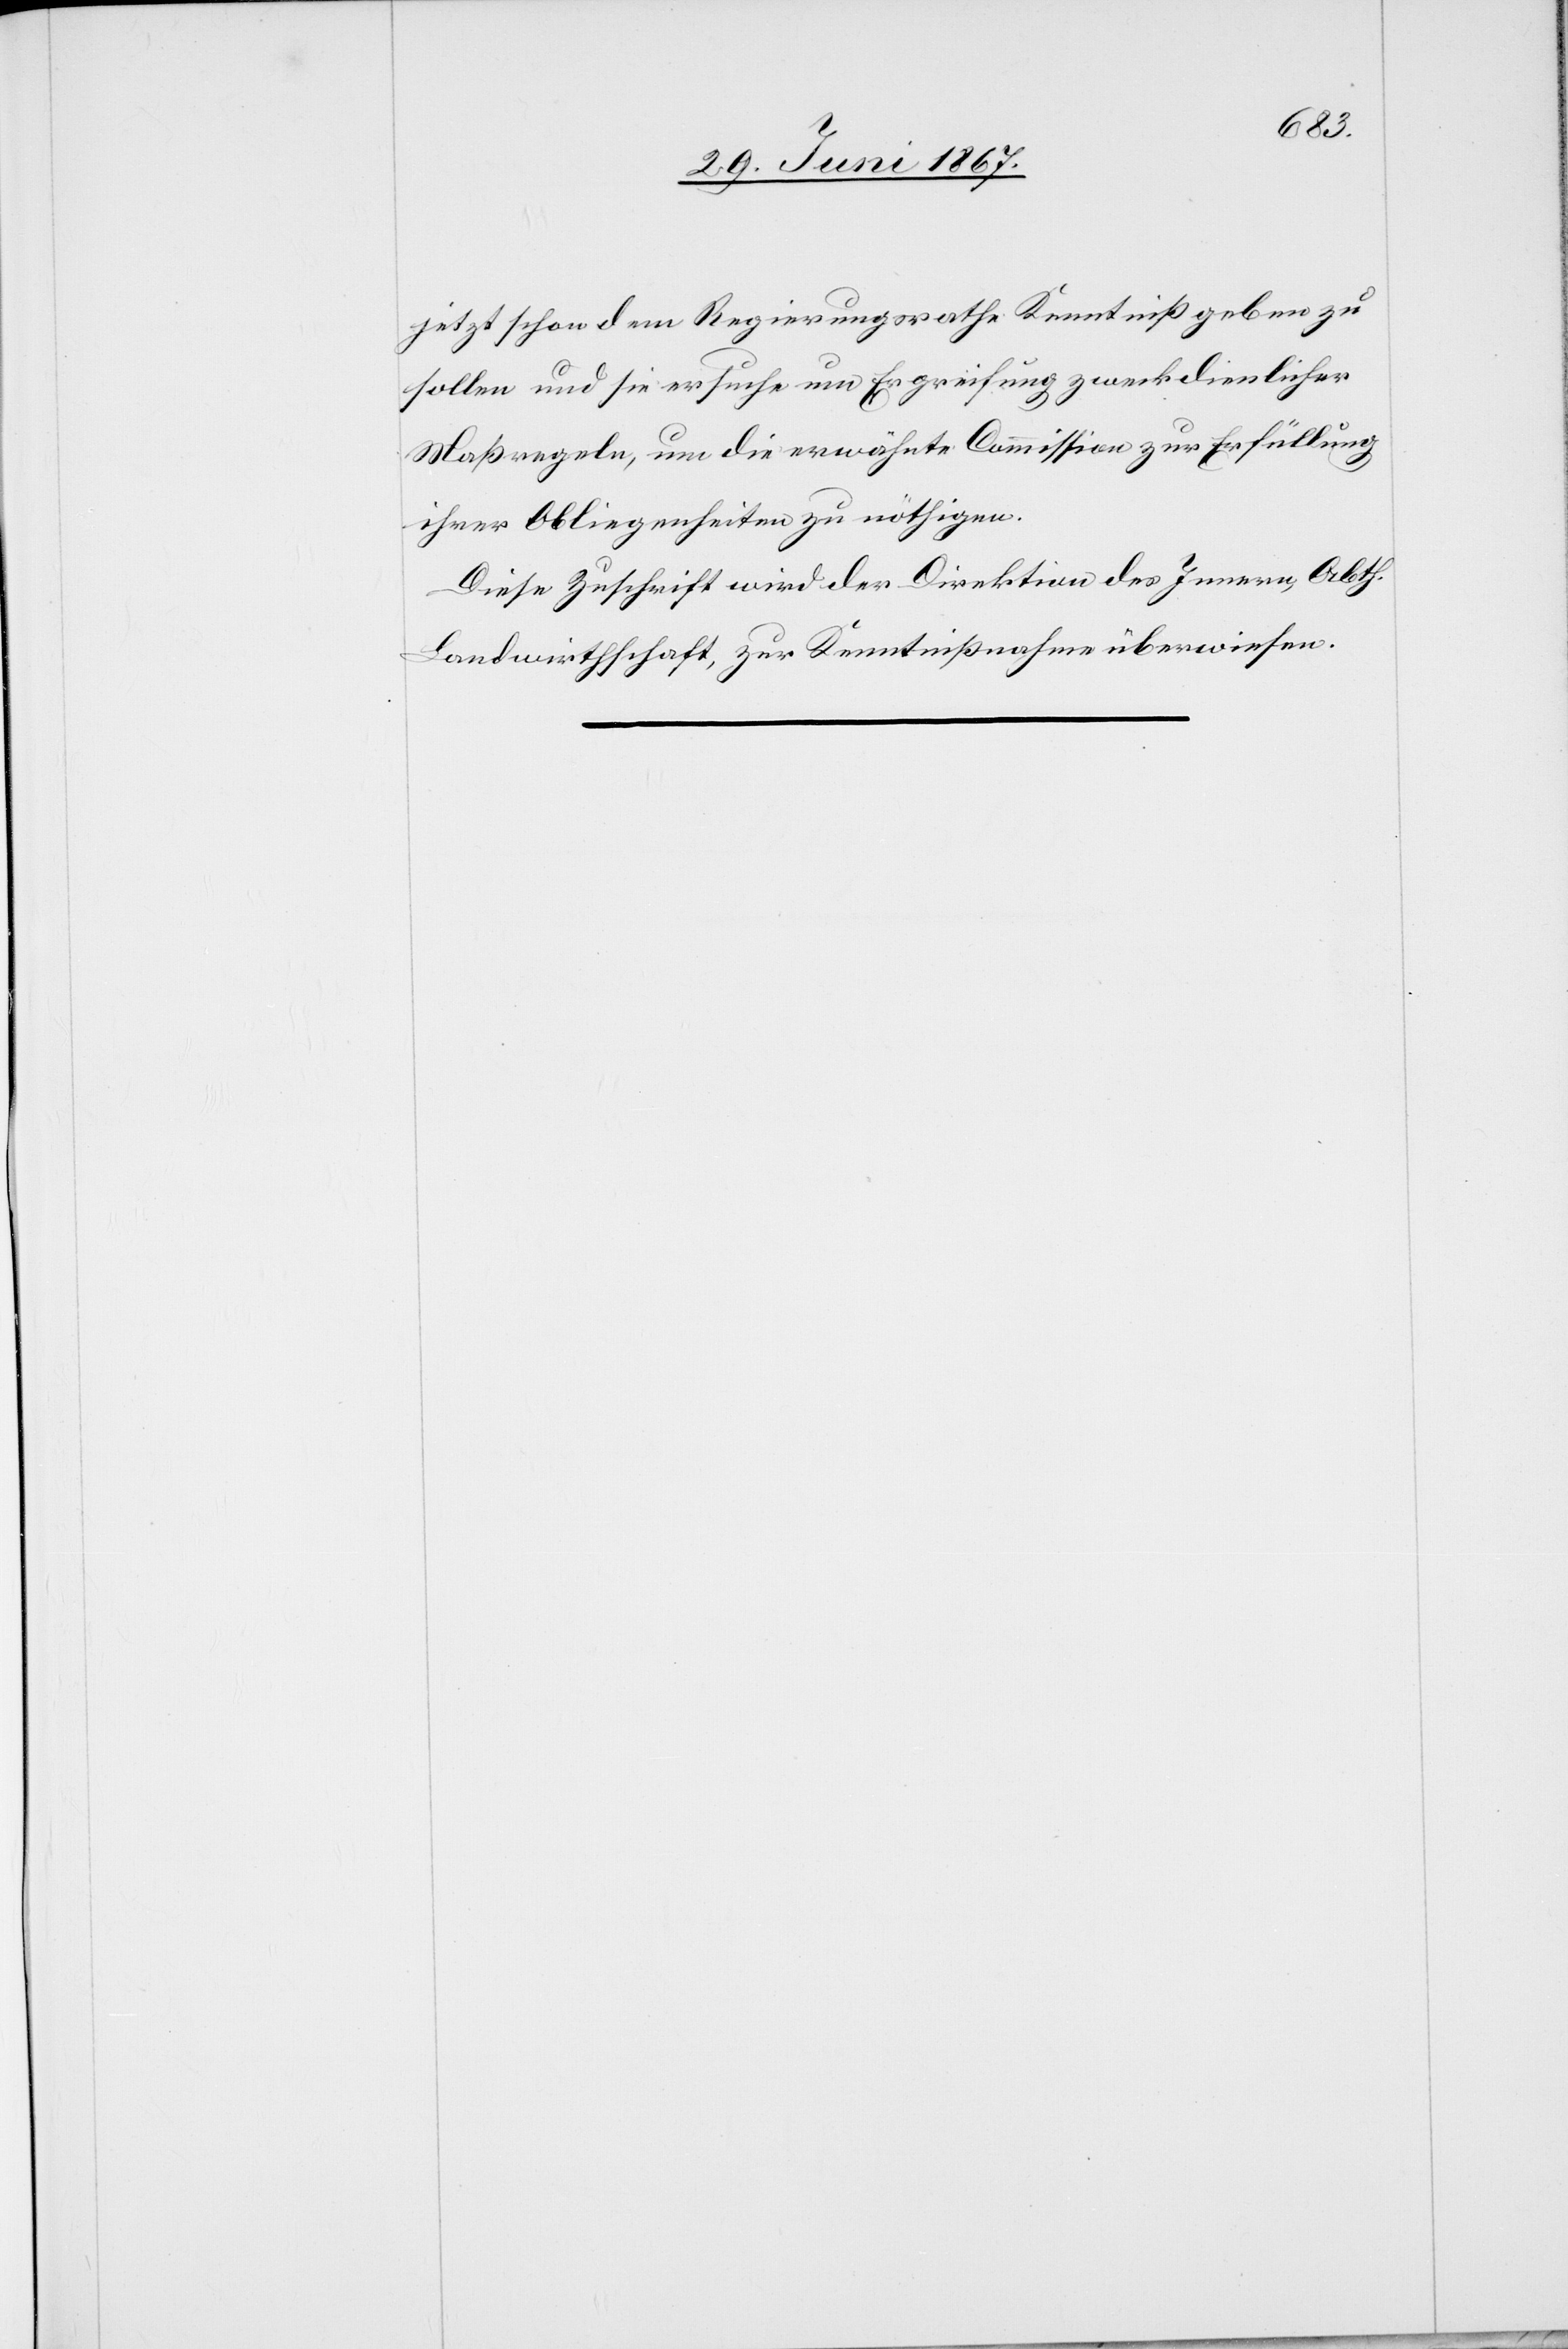
jetzt schon dem Regierungsrathe Kenntniß geben zu
sollen und sie ersuche um Ergreifung zweckdienlicher
Maßregeln, um die erwähnte Commission zur Erfüllung
ihrer Obliegenheiten zu nöthigen.
Diese Zuschrift wird der Direktion des Innern, Abth.
Landwirthschaft, zur Kenntnißnahme überwiesen.